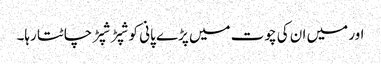
اور میں ان کی چوت میں پڑے پانی کو شپڑ شپڑ چاٹتا رہا۔